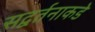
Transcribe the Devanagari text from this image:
सद्वर्तनाकडे